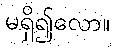
မရှိ၍လော။